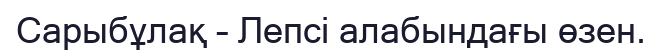
Сарыбұлақ – Лепсі алабындағы өзен.